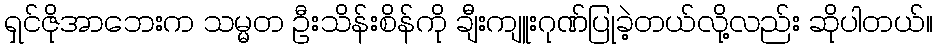
ရှင်ဇိုအာဘေးက သမ္မတ ဦးသိန်းစိန်ကို ချီးကျူးဂုဏ်ပြုခဲ့တယ်လို့လည်း ဆိုပါတယ်။